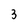
Character: 3